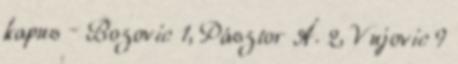
kapus – Bozovic 1, Pásztor Á. 2, Vujovic 9